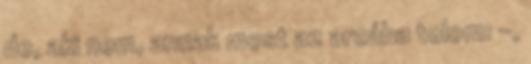
de, aki nem, annak most az arcába tolom: -,